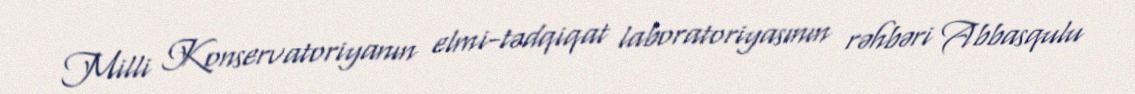
Milli Konservatoriyanın elmi-tədqiqat laboratoriyasının rəhbəri Abbasqulu